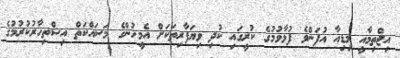
އިޖްތިމާއީ މިޑިއާ އުފަންވެ ފުޅާވުމުގެ ކުރީގައި ކުދި ވިޔަފާރިތަކަށް އެމީހުންގެ މަސައްކަތް އިޝްތިހާރުކުރުމުގެ